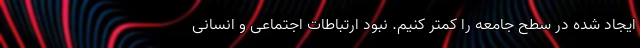
ایجاد شده در سطح جامعه را کمتر کنیم. نبود ارتباطات اجتماعی و انسانی